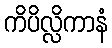
ကိပိလ္လိကာနံ